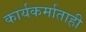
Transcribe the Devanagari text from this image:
कार्यकर्माताही